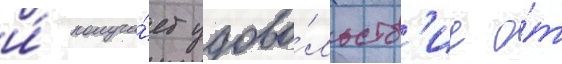
и́ получа́ет удово́льств'ие о́т